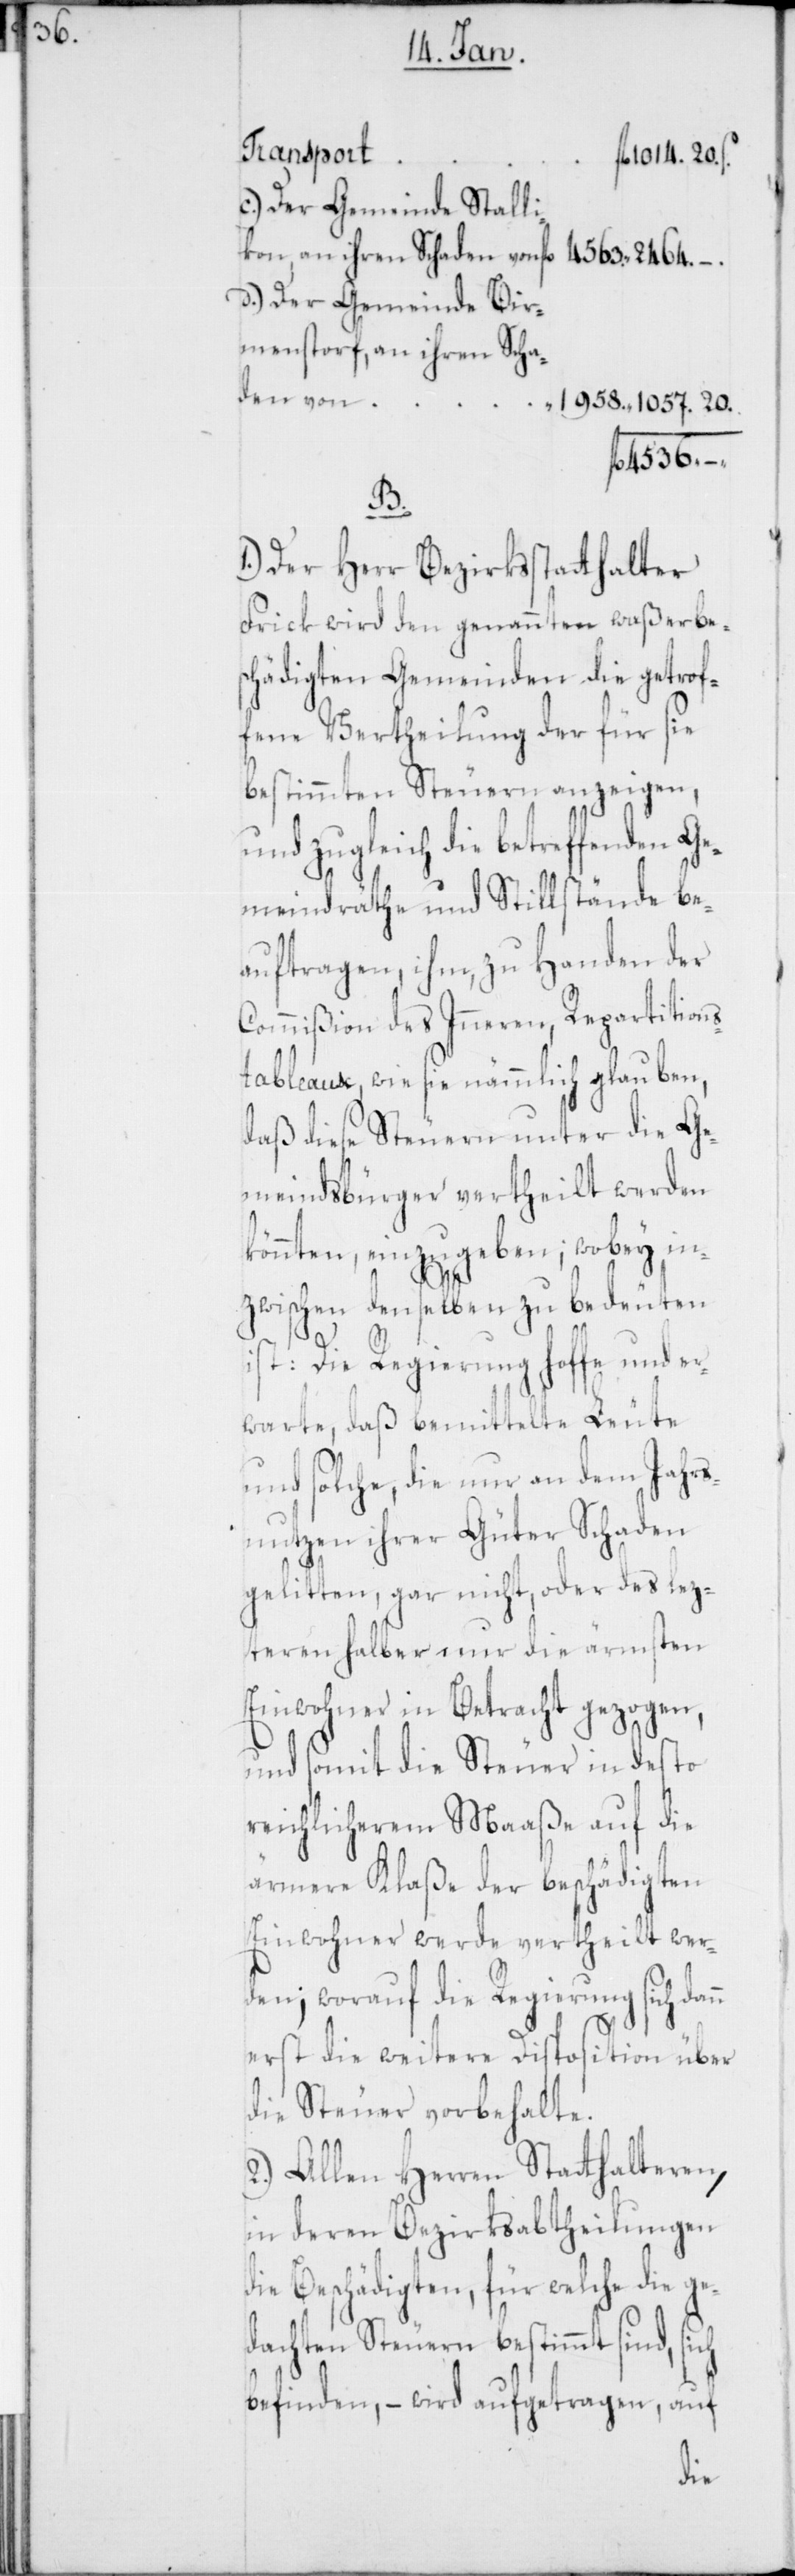
Der Gemeinde Stalli¬
kon, an ihren Schaden von
Der Gemeinde Bir¬
mensdorf, an ihren Scha¬
4536 –
B.
Der Herr Bezirksstatthalter
Frick wird den genannten waßerbe¬
schädigten Gemeinden die getrof¬
fene Vertheilung der für sie
bestimmten Steuern anzeigen,
und zugleich die betreffenden Ge¬
meindräthe und Stillstände be¬
auftragen, ihm, zu Handen der
Commißion des Inneren, Repartitions¬
tableaux, wie sie nämmlich glauben,
daß diese Steuern unter die Ge¬
meindsbürger vertheilt werden
könnten, einzugeben; wobey in¬
zwischen denselben zu bedeuten
ist: Die Regierung hoffe und er¬
warte, daß bemittelte Leute
und solche, die nur an dem Jahres¬
nutzen ihrer Güter Schaden
gelitten, gar nicht, oder des lez¬
teren halber nur die ärmsten
Einwohner in Betracht gezogen,
und somit die Steuer in desto
reichlicherem Maaße auf die
ärmere Klaße der beschädigten
Einwohner werde vertheilt wer¬
den; worauf die Regierung sich d¬
erst die weitere Disposition über
die Steuer vorbehalte.
2.) Allen Herren Statthalteren,
in deren Bezirksabtheilungen
die Beschädigten, für welche die g¬
edachten Steuern bestimmt sind, sich
befinden, – wird aufgetragen,
auf
den